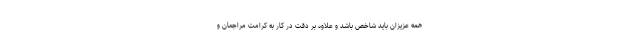
همه عزیزان باید شاخص باشد و علاوه بر دقت در کار به کرامت مراجعان و